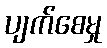
ပျက်စေမှု